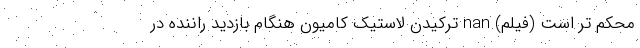
محکم تر است (فیلم) nan ترکیدن لاستیک کامیون هنگام بازدید راننده در